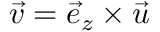
\vec { v } = \vec { e } _ { z } \times \vec { u }